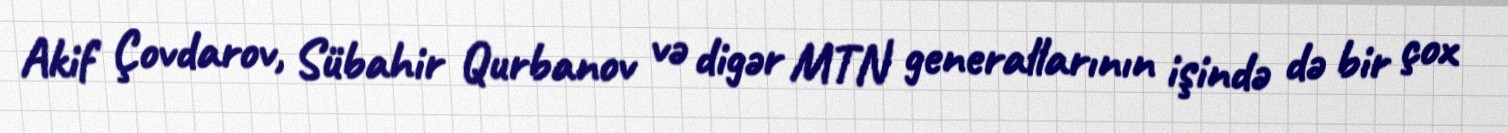
Akif Çovdarov, Sübahir Qurbanov və digər MTN generallarının işində də bir çox